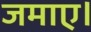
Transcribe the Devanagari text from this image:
जमाए।